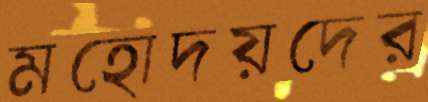
মহোদয়দের